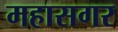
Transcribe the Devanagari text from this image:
महासगर